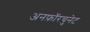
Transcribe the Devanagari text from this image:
अनफ़ॉरचुनेट